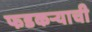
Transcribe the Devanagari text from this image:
फडकऱ्याची